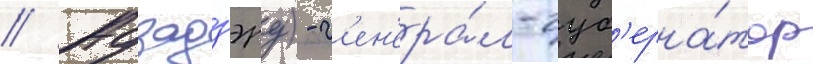
// Адзадзэру) - г'ен'ера́л-губ'ерна́тор